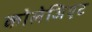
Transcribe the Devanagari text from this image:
कोलेजिएट